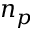
n _ { p }